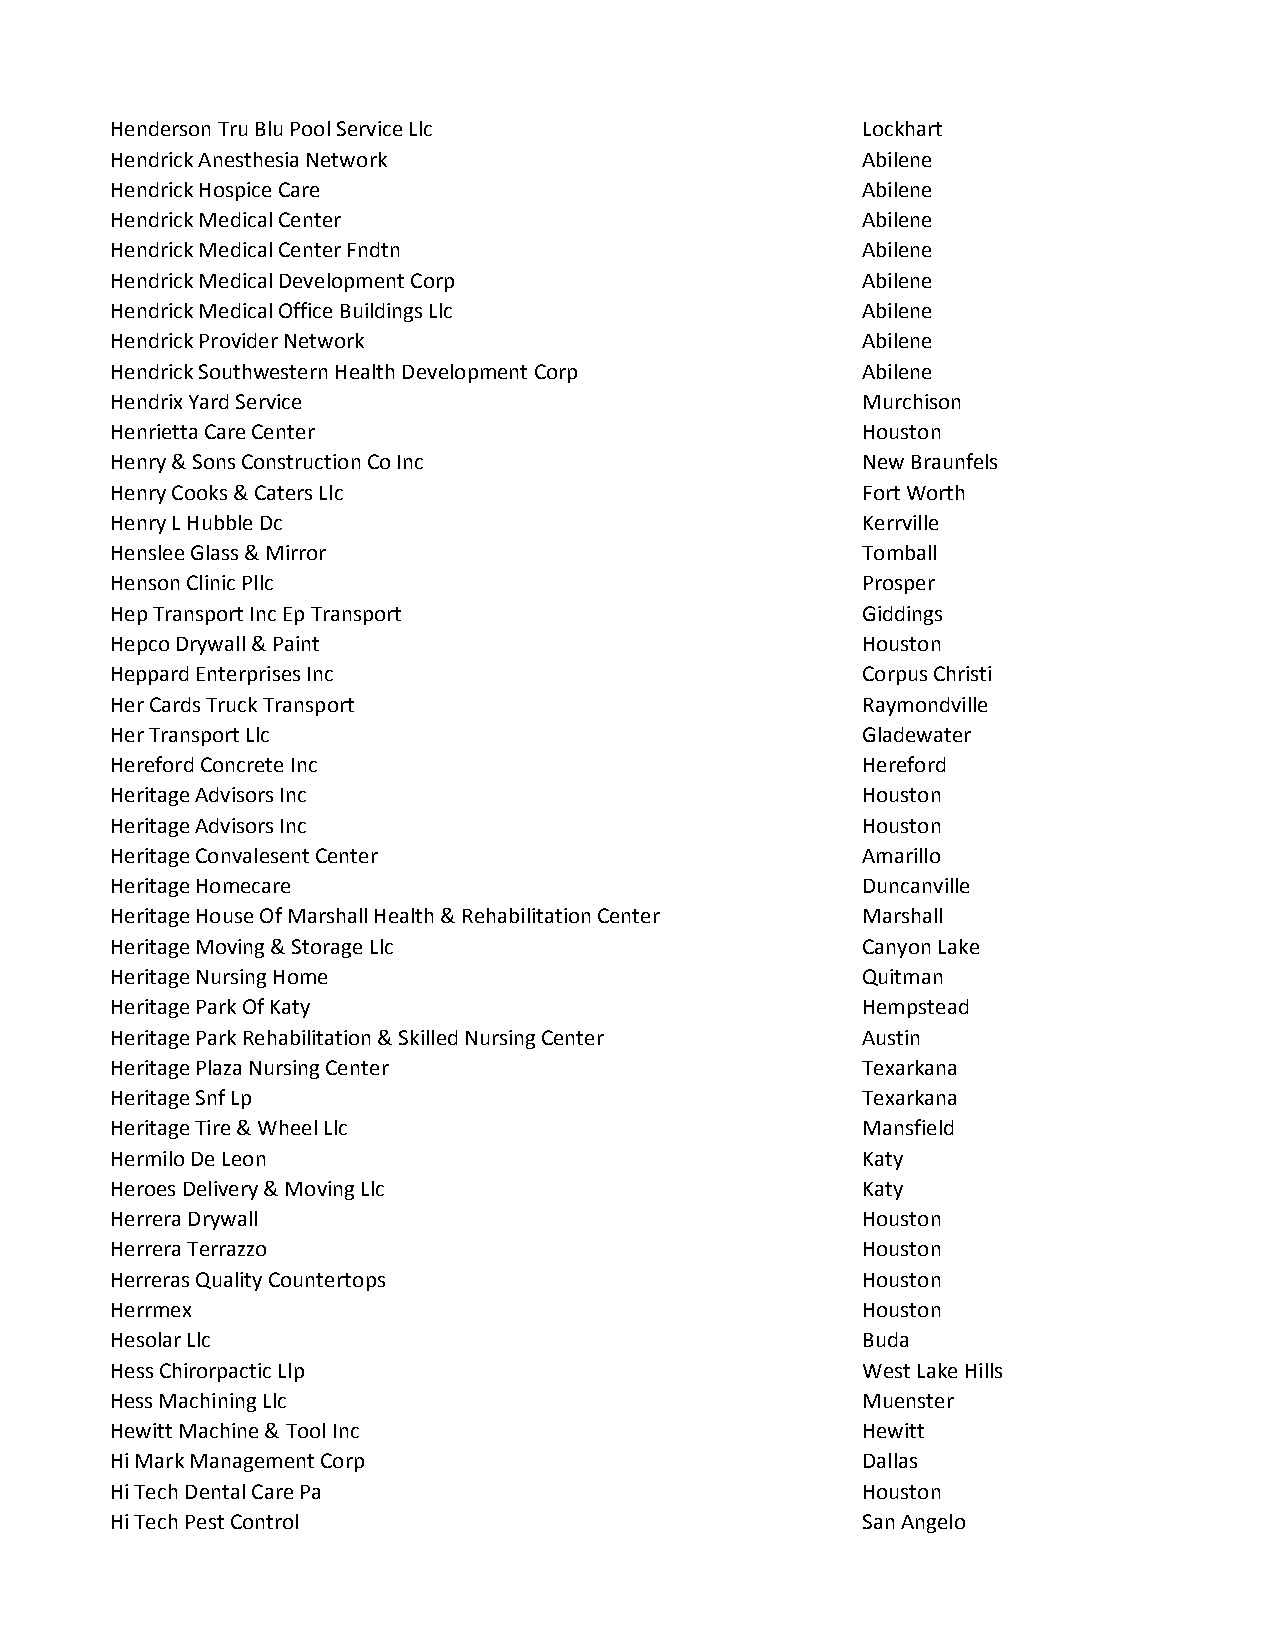
Henderson Tru Blu Pool Service Llc                Lockhart
 Hendrick Anesthesia Network                       Abilene
 Hendrick Hospice Care                             Abilene
 Hendrick Medical Center                           Abilene
 Hendrick Medical Center Fndtn                     Abilene
 Hendrick Medical Development Corp                 Abilene
 Hendrick Medical Office Buildings Llc             Abilene
 Hendrick Provider Network                         Abilene
 Hendrick Southwestern Health Development Corp     Abilene
 Hendrix Yard Service                              Murchison
 Henrietta Care Center                             Houston
 Henry & Sons Construction Co Inc                  New Braunfels
 Henry Cooks & Caters Llc                          Fort Worth
 Henry L Hubble Dc                                 Kerrville
 Henslee Glass & Mirror                            Tomball
 Henson Clinic Pllc                                Prosper
 Hep Transport Inc Ep Transport                    Giddings
 Hepco Drywall & Paint                             Houston
 Heppard Enterprises Inc                           Corpus Christi
 Her Cards Truck Transport                         Raymondville
 Her Transport Llc                                 Gladewater
 Hereford Concrete Inc                             Hereford
 Heritage Advisors Inc                             Houston
 Heritage Advisors Inc                             Houston
 Heritage Convalesent Center                       Amarillo
 Heritage Homecare                                 Duncanville
 Heritage House Of Marshall Health & Rehabilitation Center Marshall
 Heritage Moving & Storage Llc                     Canyon Lake
 Heritage Nursing Home                             Quitman
 Heritage Park Of Katy                             Hempstead
 Heritage Park Rehabilitation & Skilled Nursing Center Austin
 Heritage Plaza Nursing Center                     Texarkana
 Heritage Snf Lp                                   Texarkana
 Heritage Tire & Wheel Llc                         Mansfield
 Hermilo De Leon                                   Katy
 Heroes Delivery & Moving Llc                      Katy
 Herrera Drywall                                   Houston
 Herrera Terrazzo                                  Houston
 Herreras Quality Countertops                      Houston
 Herrmex                                           Houston
 Hesolar Llc                                       Buda
 Hess Chirorpactic Llp                             West Lake Hills
 Hess Machining Llc                                Muenster
 Hewitt Machine & Tool Inc                         Hewitt
 Hi Mark Management Corp                           Dallas
 Hi Tech Dental Care Pa                            Houston
 Hi Tech Pest Control                              San Angelo